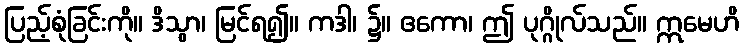
ပြည့်စုံခြင်းကို။ ဒိသွာ၊ မြင်ရ၍။ ကဒါ၊ ၌။ ဧကော၊ ဤ ပုဂ္ဂိုလ်သည်။ ဣမေဟိ